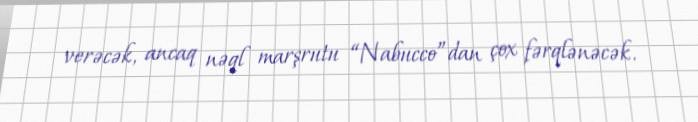
verəcək, ancaq nəql marşrutu “Nabucco”dan çox fərqlənəcək.